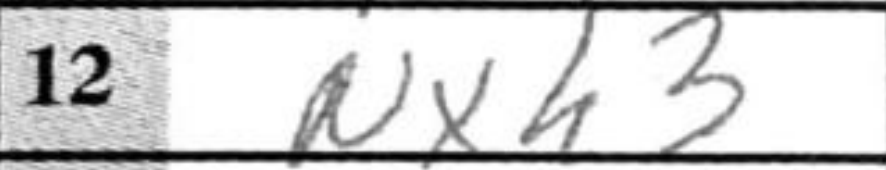
Transcription: Nxh3